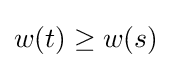
w(t)\geq w(s)